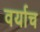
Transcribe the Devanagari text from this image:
वर्याच